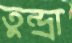
তুন্দ্রা